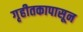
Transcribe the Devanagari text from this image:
गृहीतकापासून